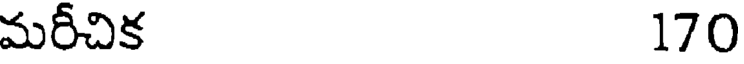
మరీచిక 170